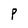
Character: P